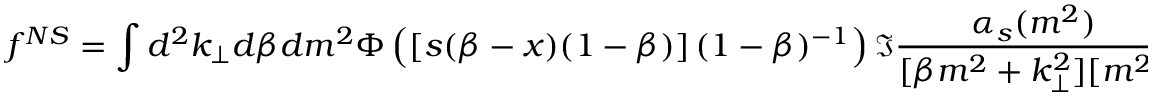
f ^ { N S } = \int d ^ { 2 } k _ { \perp } d \beta d m ^ { 2 } \Phi \left( \left[ s ( \beta - x ) ( 1 - \beta ) \right] ( 1 - \beta ) ^ { - 1 } \right) \Im \frac { \alpha _ { s } ( m ^ { 2 } ) } { [ \beta m ^ { 2 } + k _ { \perp } ^ { 2 } ] [ m ^ { 2 } ] } ~ ~ .